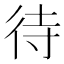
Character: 待